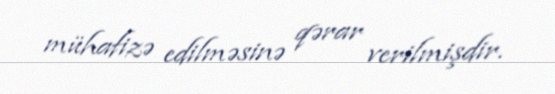
mühafizə edilməsinə qərar verilmişdir.